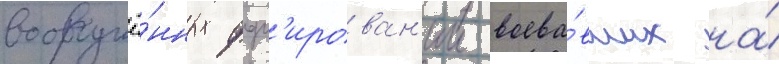
вооружё́нных форм'ирован'ии воева́вших на́